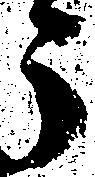
う